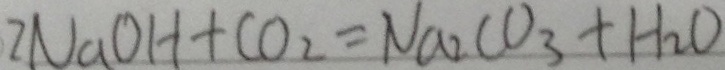
2 N a O H + C O _ { 2 } = N a _ { 2 } C O _ { 3 } + H _ { 2 } O